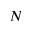
N